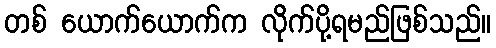
တစ် ယောက်ယောက်က လိုက်ပို့ရမည်ဖြစ်သည်။